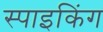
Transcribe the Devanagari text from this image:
स्पाइकिंग